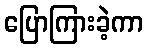
ပြောကြားခဲ့ကာ